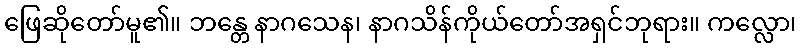
ဖြေဆိုတော်မူ၏။ ဘန္တေ နာဂသေန၊ နာဂသိန်ကိုယ်တော်အရှင်ဘုရား။ ကလ္လော၊